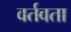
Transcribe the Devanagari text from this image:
वर्तवता